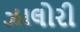
ઝાલોરી